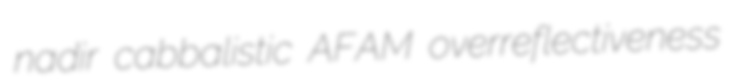
nadir cabbalistic AFAM overreflectiveness